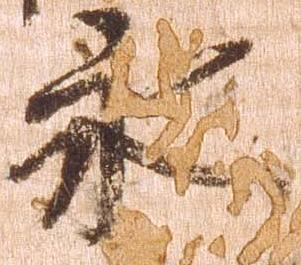
永